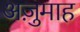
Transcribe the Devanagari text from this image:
अज़ुमाह